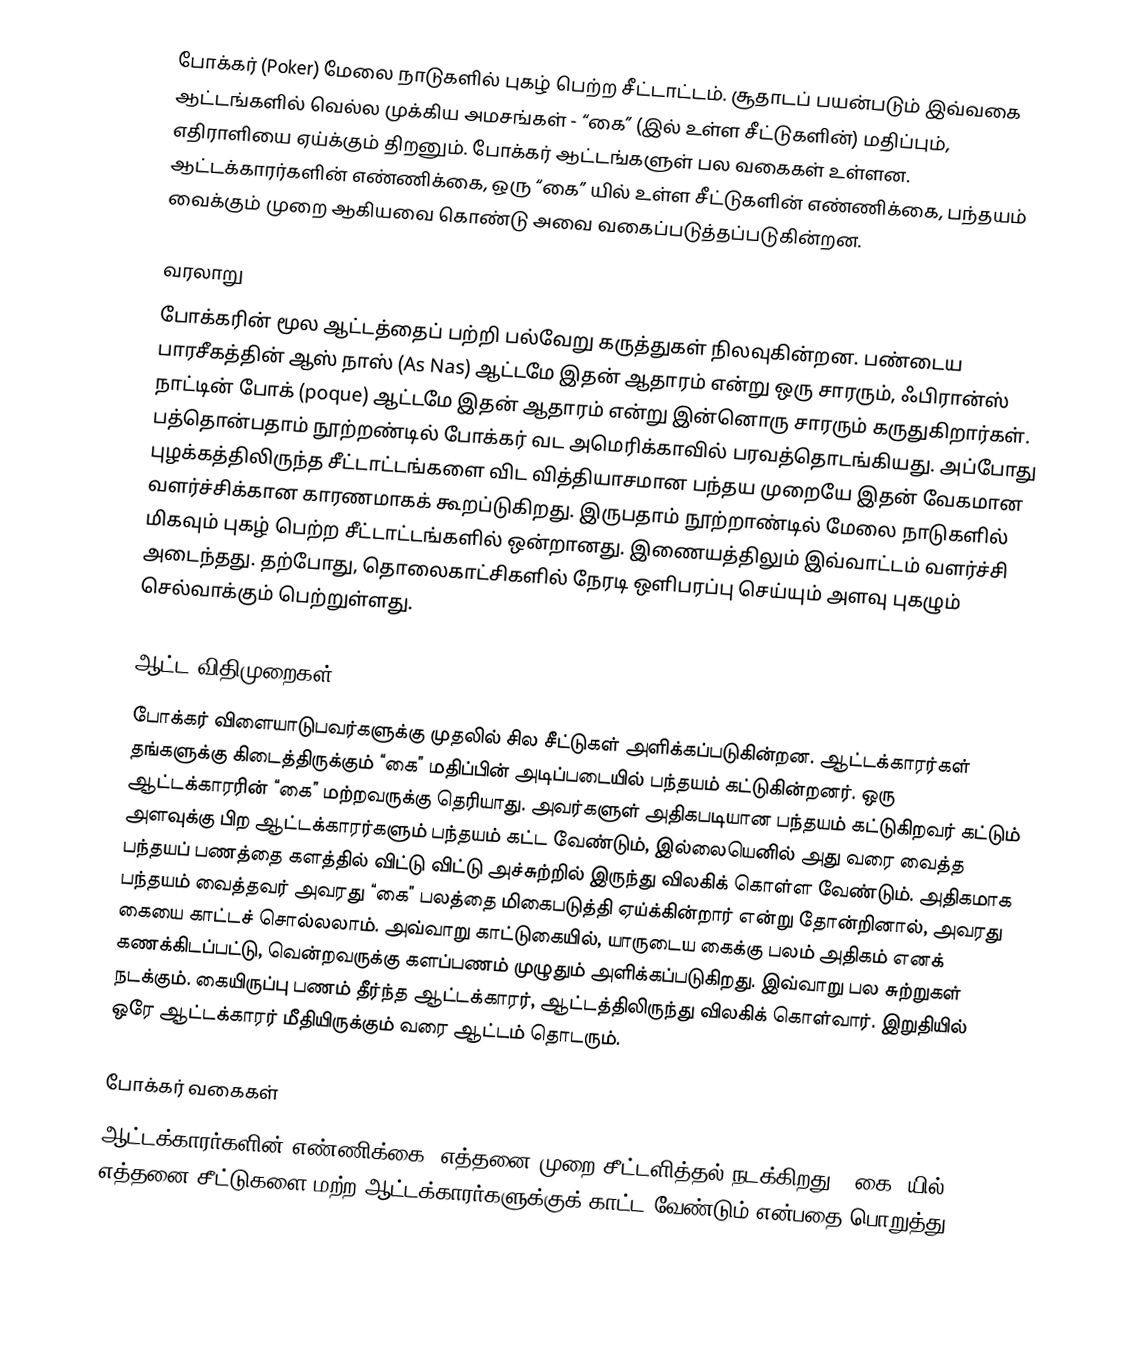
போக்கர் (Poker) மேலை நாடுகளில் புகழ் பெற்ற சீட்டாட்டம். சூதாடப் பயன்படும் இவ்வகை ஆட்டங்களில் வெல்ல முக்கிய அமசங்கள் - “கை” (இல் உள்ள சீட்டுகளின்) மதிப்பும், எதிராளியை ஏய்க்கும் திறனும். போக்கர் ஆட்டங்களுள் பல வகைகள் உள்ளன. ஆட்டக்காரர்களின் எண்ணிக்கை, ஒரு “கை” யில் உள்ள சீட்டுகளின் எண்ணிக்கை, பந்தயம் வைக்கும் முறை ஆகியவை கொண்டு அவை வகைப்படுத்தப்படுகின்றன.

வரலாறு
போக்கரின் மூல ஆட்டத்தைப் பற்றி பல்வேறு கருத்துகள் நிலவுகின்றன. பண்டைய பாரசீகத்தின் ஆஸ் நாஸ் (As Nas) ஆட்டமே இதன் ஆதாரம் என்று ஒரு சாரரும், ஃபிரான்ஸ் நாட்டின் போக் (poque) ஆட்டமே இதன் ஆதாரம் என்று இன்னொரு சாரரும் கருதுகிறார்கள். பத்தொன்பதாம் நூற்றண்டில் போக்கர் வட அமெரிக்காவில் பரவத்தொடங்கியது. அப்போது புழக்கத்திலிருந்த சீட்டாட்டங்களை விட வித்தியாசமான பந்தய முறையே இதன் வேகமான வளர்ச்சிக்கான காரணமாகக் கூறப்டுகிறது. இருபதாம் நூற்றாண்டில் மேலை நாடுகளில் மிகவும் புகழ் பெற்ற சீட்டாட்டங்களில் ஒன்றானது. இணையத்திலும் இவ்வாட்டம் வளர்ச்சி அடைந்தது. தற்போது, தொலைகாட்சிகளில் நேரடி ஒளிபரப்பு செய்யும் அளவு புகழும் செல்வாக்கும் பெற்றுள்ளது.

ஆட்ட விதிமுறைகள்
போக்கர் விளையாடுபவர்களுக்கு முதலில் சில சீட்டுகள் அளிக்கப்படுகின்றன. ஆட்டக்காரர்கள் தங்களுக்கு கிடைத்திருக்கும் “கை” மதிப்பின் அடிப்படையில் பந்தயம் கட்டுகின்றனர். ஒரு ஆட்டக்காரரின் “கை” மற்றவருக்கு தெரியாது. அவர்களுள் அதிகபடியான பந்தயம் கட்டுகிறவர் கட்டும் அளவுக்கு பிற ஆட்டக்காரர்களும் பந்தயம் கட்ட வேண்டும், இல்லையெனில் அது வரை வைத்த பந்தயப் பணத்தை களத்தில் விட்டு விட்டு அச்சுற்றில் இருந்து விலகிக் கொள்ள வேண்டும். அதிகமாக பந்தயம் வைத்தவர் அவரது “கை” பலத்தை மிகைபடுத்தி ஏய்க்கின்றார் என்று தோன்றினால், அவரது கையை காட்டச் சொல்லலாம். அவ்வாறு காட்டுகையில், யாருடைய கைக்கு பலம் அதிகம் எனக் கணக்கிடப்பட்டு, வென்றவருக்கு களப்பணம் முழுதும் அளிக்கப்படுகிறது. இவ்வாறு பல சுற்றுகள் நடக்கும். கையிருப்பு பணம் தீர்ந்த ஆட்டக்காரர், ஆட்டத்திலிருந்து விலகிக் கொள்வார். இறுதியில் ஒரே ஆட்டக்காரர் மீதியிருக்கும் வரை ஆட்டம் தொடரும்.

போக்கர் வகைகள்
ஆட்டக்காரர்களின் எண்ணிக்கை, எத்தனை முறை சீட்டளித்தல் நடக்கிறது, “கை” யில் எத்தனை சீட்டுகளை மற்ற ஆட்டக்காரர்களுக்குக் காட்ட வேண்டும் என்பதை பொறுத்து